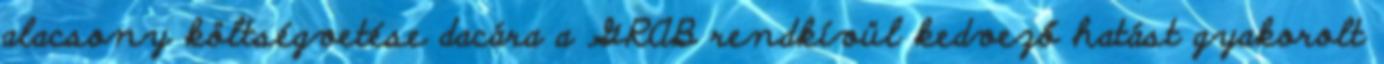
alacsony költségvetése dacára a GRAB rendkívül kedvező hatást gyakorolt